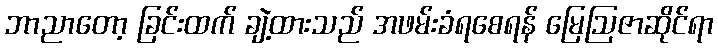
ဘာညာတော့ ခြင်းထက် ချဲ့ထားသည် အဖမ်းခံရစေရန် မြေဩဇာဆိုင်ရာ